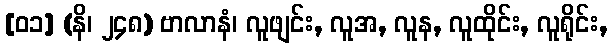
[၀၁] (နိ၊ ၂၄၈) ဗာလာနံ၊ လူဖျင်း, လူအ, လူန, လူထိုင်း, လူရိုင်း,